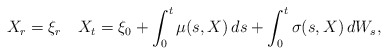
\begin{align*}X_{r} =\xi_r\quad{X}_t = \xi_0+ \int_{0}^{t}\mu(s,X )\,ds+ \int_{0}^{t}\sigma(s,X )\,dW_s,\end{align*}